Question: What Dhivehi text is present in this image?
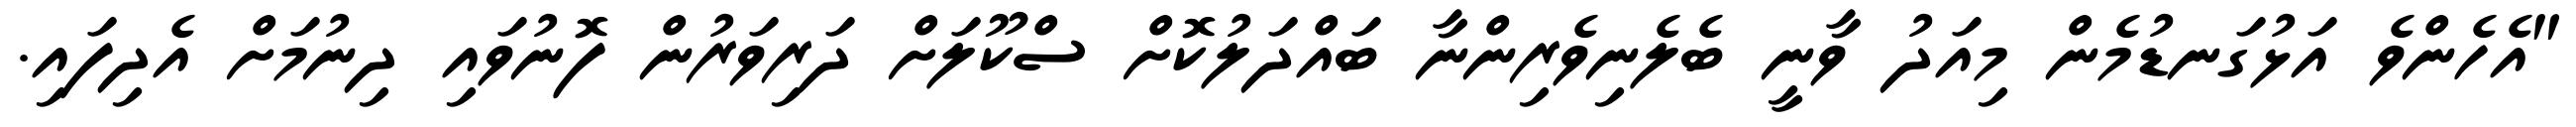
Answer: "އެހެންވެ އަޅުގަނޑުމެން މިއަދު ވާނީ ބެލެނިވެރިންނާ ބައްދަލުކޮށް ސްކޫލަށް ދަރިވަރުން ފޮނުވައި ދިނުމަށް އެދިފައި.